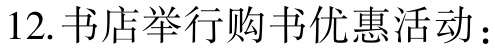
12. 书店举行购书优惠活动：